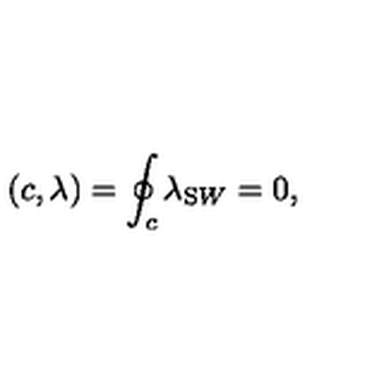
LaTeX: ( c , \lambda ) = \oint _ { c } \lambda _ { \mathrm S W } = 0 ,